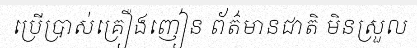
ប្រើប្រាស់គ្រឿងញៀន ព័ត៌មានជាតិ មិនស្រួល